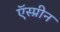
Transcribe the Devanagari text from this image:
ऍस्प्रीन